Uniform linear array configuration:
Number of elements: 48
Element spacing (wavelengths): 0.5
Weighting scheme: blackman
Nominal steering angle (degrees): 60
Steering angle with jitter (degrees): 61.316
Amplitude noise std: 0.05
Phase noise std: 0.05

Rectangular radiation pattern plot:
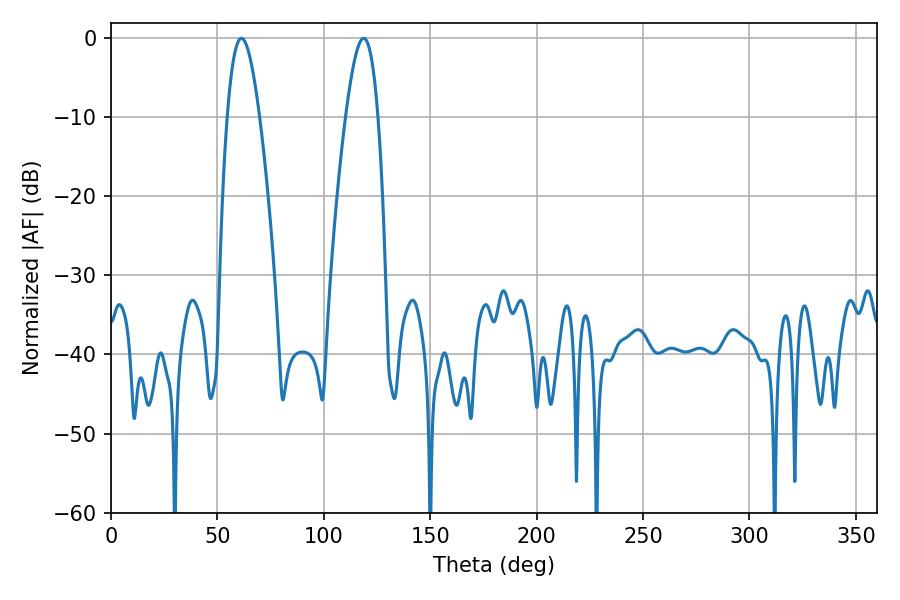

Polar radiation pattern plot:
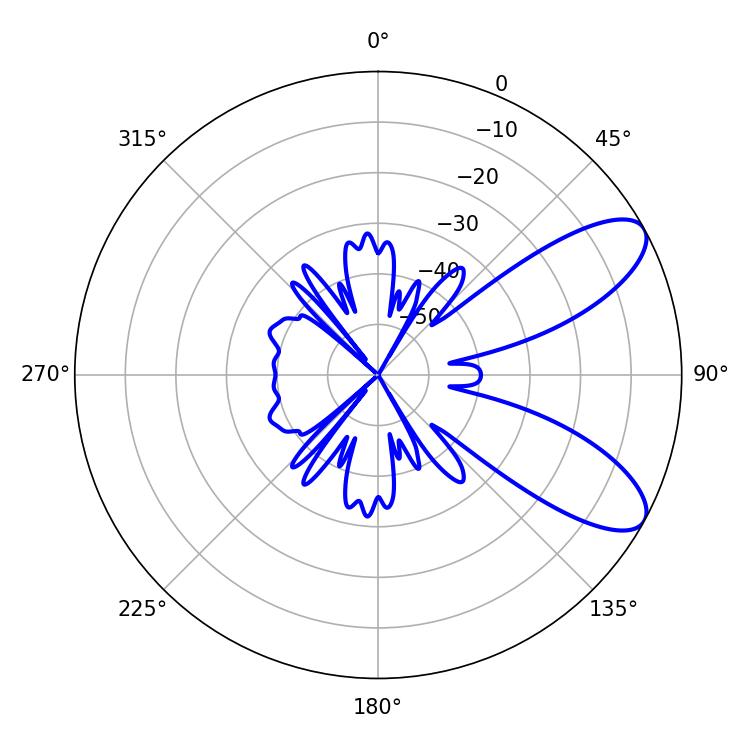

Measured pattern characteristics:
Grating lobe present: FALSE
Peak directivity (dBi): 8.623
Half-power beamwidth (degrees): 8.28
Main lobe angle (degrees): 61.2